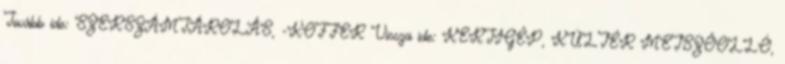
Tovább ide: SZERSZÁMTÁROLÁS, -KOFFER Vissza ide: KERTIGÉP, KÜLTÉR METSZŐOLLÓ,